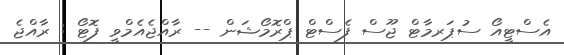
އެސްޓީއޯ ސުޕަރމާޓް ޖޫސް ފެސްޓް ޕްރޮމޯޝަން -- ރާއްޖެއެމްވީ ފޮޓޯ : ރާއްޖެ